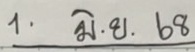
1  มิ.ย. 68